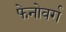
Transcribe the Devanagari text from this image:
फेनोवर्ग